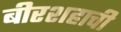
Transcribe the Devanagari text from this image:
बीरशहाची